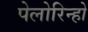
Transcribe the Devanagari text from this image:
पेलोरिन्हो